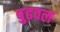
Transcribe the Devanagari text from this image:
बुढवल